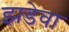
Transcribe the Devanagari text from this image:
झडेवा